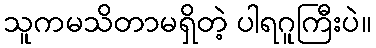
သူကမသိတာမရှိတဲ့ ပါရဂူကြီးပဲ။